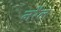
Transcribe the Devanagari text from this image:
नरैल